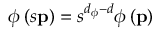
\phi \left( s { \bf p } \right) = s ^ { d _ { \phi } - d } \phi \left( { \bf p } \right)